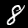
Label: 8